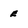
Character: e